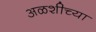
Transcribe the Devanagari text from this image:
अळशीच्या